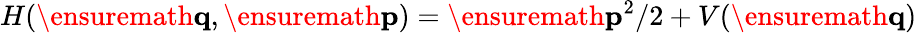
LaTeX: H(\ensuremath{\mathbf{q}},\ensuremath{\mathbf{p}})=\ensuremath{\mathbf{p}}^{2}/2+V(\ensuremath{\mathbf{q}})